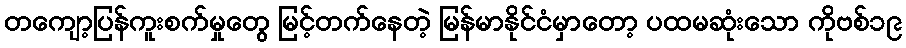
တကျော့ပြန်ကူးစက်မှုတွေ မြင့်တက်နေတဲ့ မြန်မာနိုင်ငံမှာတော့ ပထမဆုံးသော ကိုဗစ်၁၉